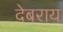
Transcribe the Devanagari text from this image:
देबराय